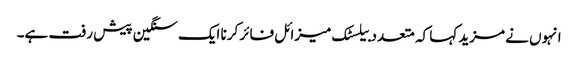
انہوں نے مزید کہا کہ متعدد بیلسٹک میزائل فائر کرنا ایک سنگین پیش رفت ہے۔